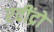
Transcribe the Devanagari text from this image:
रवींद्रो